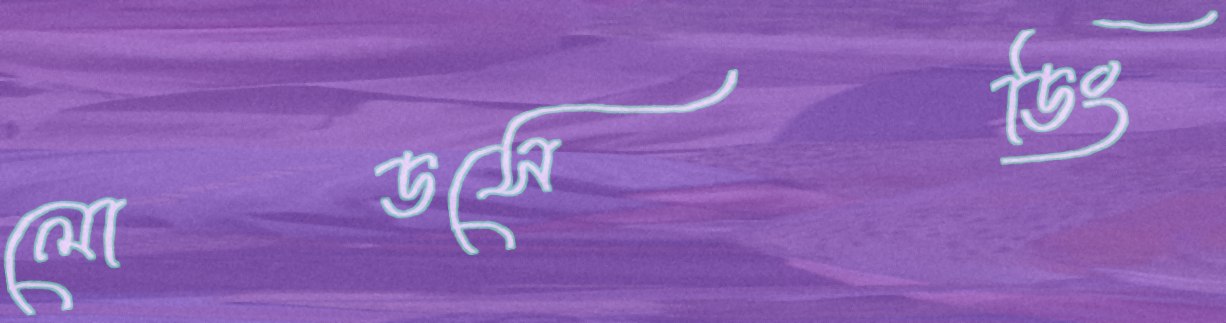
লোডসেডিং